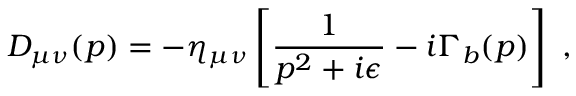
D _ { \mu \nu } ( p ) = - \eta _ { \mu \nu } \left[ { \frac { 1 } { p ^ { 2 } + i \epsilon } } - i \Gamma _ { b } ( p ) \right] \, \, ,